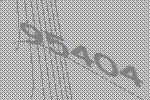
95404